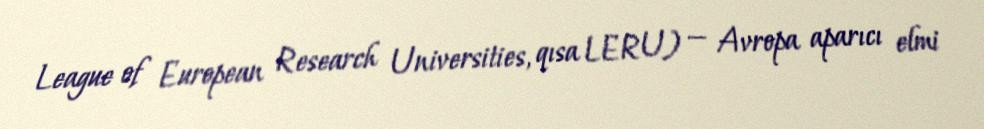
League of European Research Universities, qısa LERU) — Avropa aparıcı elmi